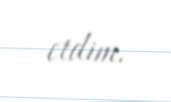
etdim.